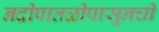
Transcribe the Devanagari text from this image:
नदीपातळीपासूनची